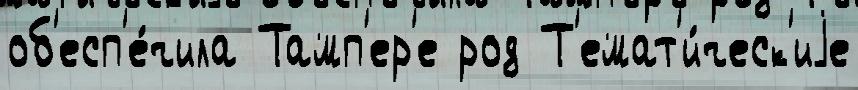
об'есп'е́чила Тамп'ер'е род Т'емат'и́ческ'иjе